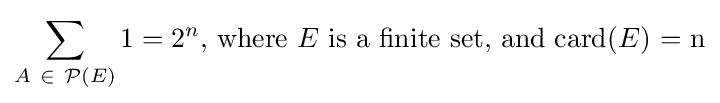
\sum _{A\ \in \ {\mathcal {P}}(E)}1=2^{n}{\text{, where }}E{\text{ is a finite set, and card(}}E{\text{) = n}}